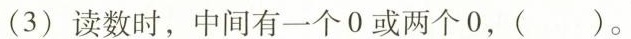
(3)读数时，中间有一个0或两个0，()。